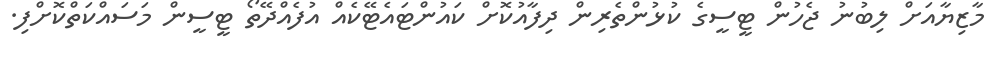
މާޒިޔާއަށް ލިބުނު ޖެހުން ޓީސީގެ ކުޅުންތެރިން ދިފާއުކޮށް ކައުންޓައެޓޭކެއް އުފެއްދޭތޯ ޓީސީން މަސައްކަތްކޮށްފި.